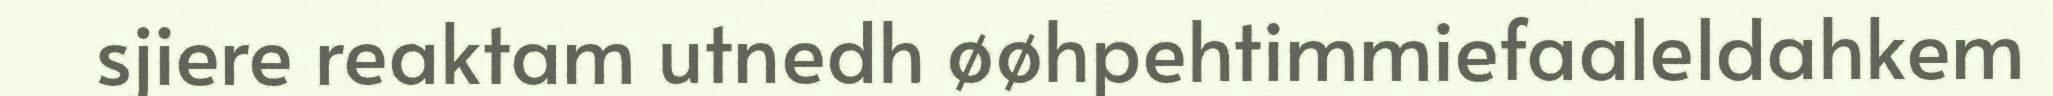
sjiere reaktam utnedh øøhpehtimmiefaaleldahkem